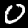
Label: 0